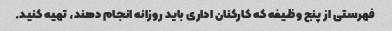
فهرستی از پنج وظیفه که کارکنان اداری باید روزانه انجام دهند، تهیه کنید.